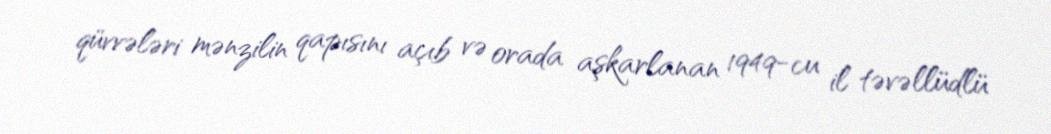
qüvvələri mənzilin qapısını açıb və orada aşkarlanan 1949-cu il təvəllüdlü